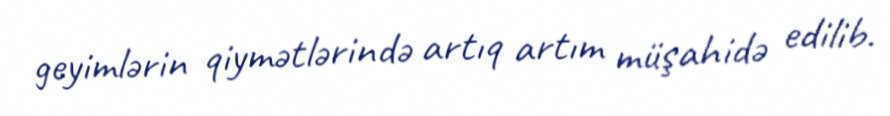
geyimlərin qiymətlərində artıq artım müşahidə edilib.